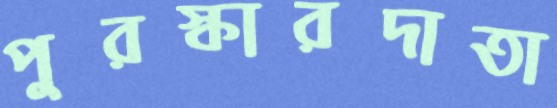
পুরস্কারদাতা